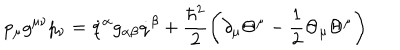
p _ { \mu } g ^ { \mu \nu } p _ { \nu } = \dot { q } ^ { \alpha } g _ { \alpha \beta } \dot { q } ^ { \beta } + \frac { \hbar ^ { 2 } } { 2 } \left( \partial _ { \mu } \Theta ^ { \mu } - \frac { 1 } { 2 } \Theta _ { \mu } \Theta ^ { \mu } \right)